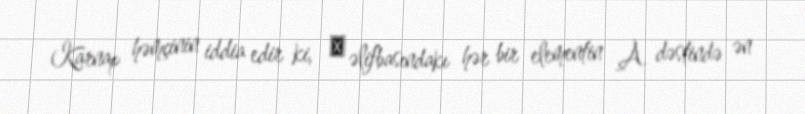
Karnap həmçinin iddia edir ki, α əlifbasındakı hər bir elementin A dəstində ən